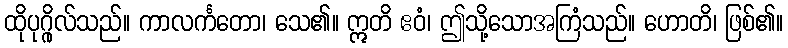
ထိုပုဂ္ဂိုလ်သည်။ ကာလင်္ကတော၊ သေ၏။ ဣတိ ဧဝံ၊ ဤသို့သောအကြံသည်။ ဟောတိ၊ ဖြစ်၏။